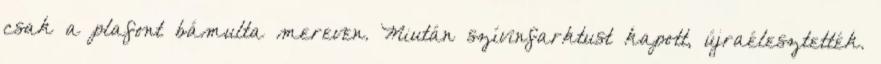
csak a plafont bámulta mereven. Miután szívinfarktust kapott, újraélesztették.